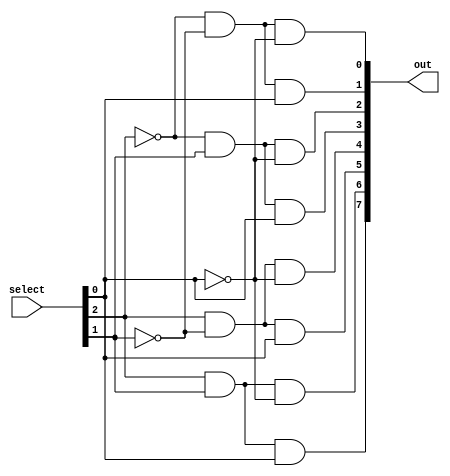
module decoder3to8(select, out);

	input [2:0] select;
	output [7:0] out;
	
	
	and and0(out[0], ~select[2], ~select[1], ~select[0]);
	and and1(out[1], ~select[2], ~select[1],  select[0]);
	and and2(out[2], ~select[2],  select[1], ~select[0]);
	and and3(out[3], ~select[2],  select[1],  select[0]);
	and and4(out[4],  select[2], ~select[1], ~select[0]);
	and and5(out[5],  select[2], ~select[1],  select[0]);
	and and6(out[6],  select[2],  select[1], ~select[0]);
	and and7(out[7],  select[2],  select[1],  select[0]);

endmodule